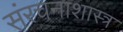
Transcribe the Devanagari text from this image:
संरचनाशास्त्र